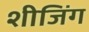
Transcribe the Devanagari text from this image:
शीजिंग